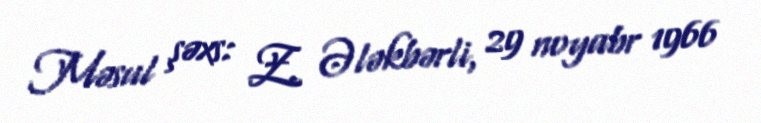
Məsul şəxs: Z. Ələkbərli, 29 noyabr 1966